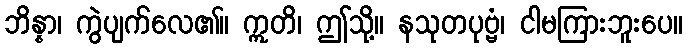
ဘိန္နာ၊ ကွဲပျက်လေ၏။ ဣတိ၊ ဤသို့။ နသုတပုဗ္ဗံ၊ ငါမကြားဘူးပေ။